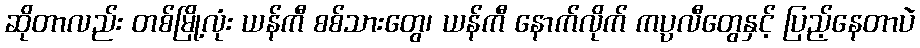
ဆိုတာလည်း တစ်မြို့လုံး ယန်ကီ စစ်သားတွေ၊ ယန်ကီ နောက်လိုက် ကပ္ပလီတွေနှင့် ပြည့်နေတာပဲ